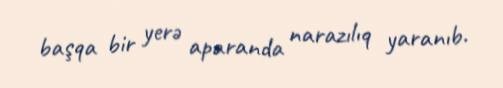
başqa bir yerə aparanda narazılıq yaranıb.